Vaccination in Bombay 1889-1901 - 1889-1901
Year: 1889
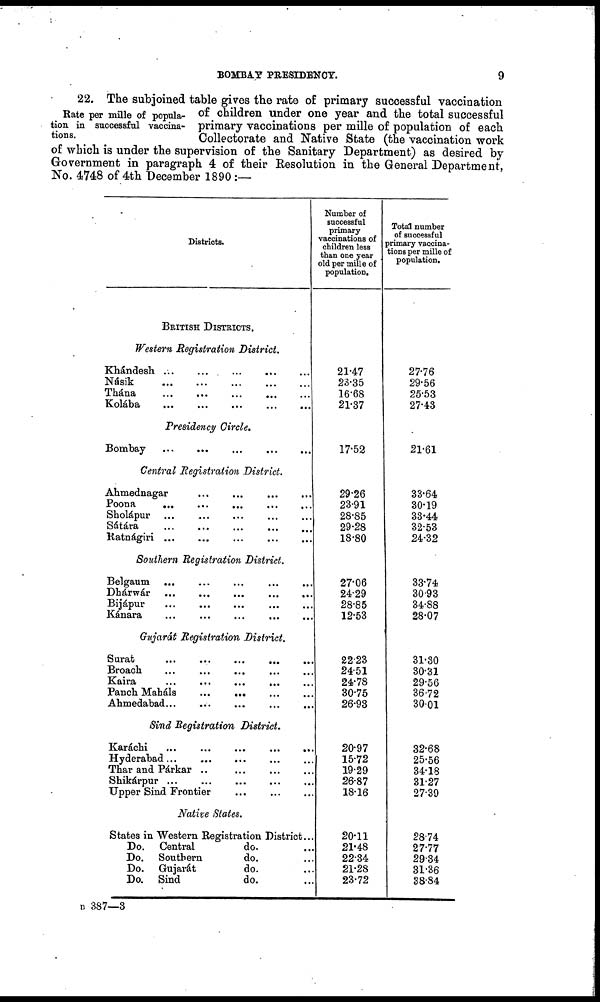
BOMBAY PRESIDENCY.
9
Rate per mille of popula-
tion in successful vaccina-
tions.
22. The subjoined table gives the rate of primary successful vaccination
of children under one year and the total successful
primary vaccinations per mille of population of each
Collectorate and Native State (the vaccination work
of which is under the supervision of the Sanitary Department) as desired by
Government in paragraph 4 of their Resolution in the General Department,
No. 4748 of 4th December 1890 :—
Districts.
BRITISH DISTRICTS.
Western Registration District.
Khádesh
...
...
...
...
...
Násik
...
...
...
...
...
Thána
...
...
...
...
...
Kolába
...
...
...
...
...
Presidency Circle.
Bombay
...
...
...
...
...
Central Registration District.
Ahmednagar ... ... ... ...
Poona
...
...
...
...
...
Sholápur
...
...
...
...
...
Sátára
...
...
...
...
...
Ratnágiri
...
...
...
...
...
Southern Registration District.
Belgaum ... ... ... ... ...
Dhárwár
...
...
...
...
...
Bijápur ... ... ... ... ...
Kánara
...
...
...
...
...
Gujarát Registration
District.
Surat
...
...
...
...
...
Broach
...
...
...
...
...
Kaira ... ... ... ... ...
Panch Maháls
...
...
...
...
Ahmedabad ... ... ... ... ...
Sind Registration
District.
Karáchi
...
...
...
...
...
Hyderabad
...
...
...
...
...
Thar and Párkar
...
...
...
...
Shikárpur
...
...
...
...
...
Upper Sind Frontier ... ... ...
Native States.
States in Western Registration District...
Do. Central
do. ...
Do. Southern
do. ...
Do. Gujarát
do. ...
Do. Sind
do. ...
Number of
successful
primary
vaccinations of
children less
than one year
old per mille of
population.
21.47
23.35
16.68
21.37
17.52
29.26
23.91
28.85
29.28
18.80
27.06
24.29
28.85
12.53
22.23
24.51
24.78
30.75
26.93
20.97
15.72
19.29
26.87
18.16
20.11
21.48
22.34
21.28
23.72
Total number
of successful
primary vaccina-
tions per mille of
population.
27.76
29.56
25.53
27.43
21.61
33.64
30.19
33.44
32.53
24.32
33.74
30.93
34.88
28.07
31.30
30.31
29.56
36.72
30.01
32.68
25.56
34.18
31.27
27.39
28.74
27.77
29.34
31.36
38.84
B 387—3